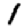
Digit: 1